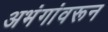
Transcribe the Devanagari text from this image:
अभंगांवरून